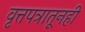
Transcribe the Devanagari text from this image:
वृत्तपत्रातूनही